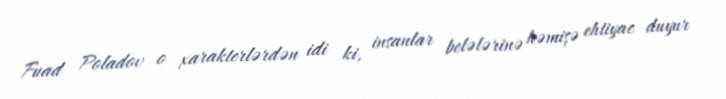
Fuad Poladov o xarakterlərdən idi ki, insanlar belələrinə həmişə ehtiyac duyur